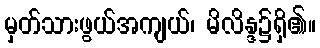
မှတ်သားဖွယ်အကျယ်၊ မိလိန္ဒ၌ရှိ၏။